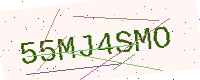
Text: 55MJ4SMO